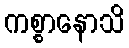
ကစ္စာနောသိ